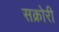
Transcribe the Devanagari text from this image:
सक्रोरी